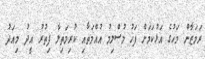
ރަމަޒާން މަހުގެ އަޅުކަމަށް ފަހު މުސްލިމު އުއްމަތާއި ކުރިމަތިލާ ފިތުރު އީދު މިއަދު